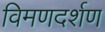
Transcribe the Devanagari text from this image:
विमणदर्शण